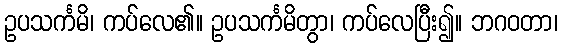
ဥပသင်္ကမိ၊ ကပ်လေ၏။ ဥပသင်္ကမိတွာ၊ ကပ်လေပြီး၍။ ဘဂဝတာ၊